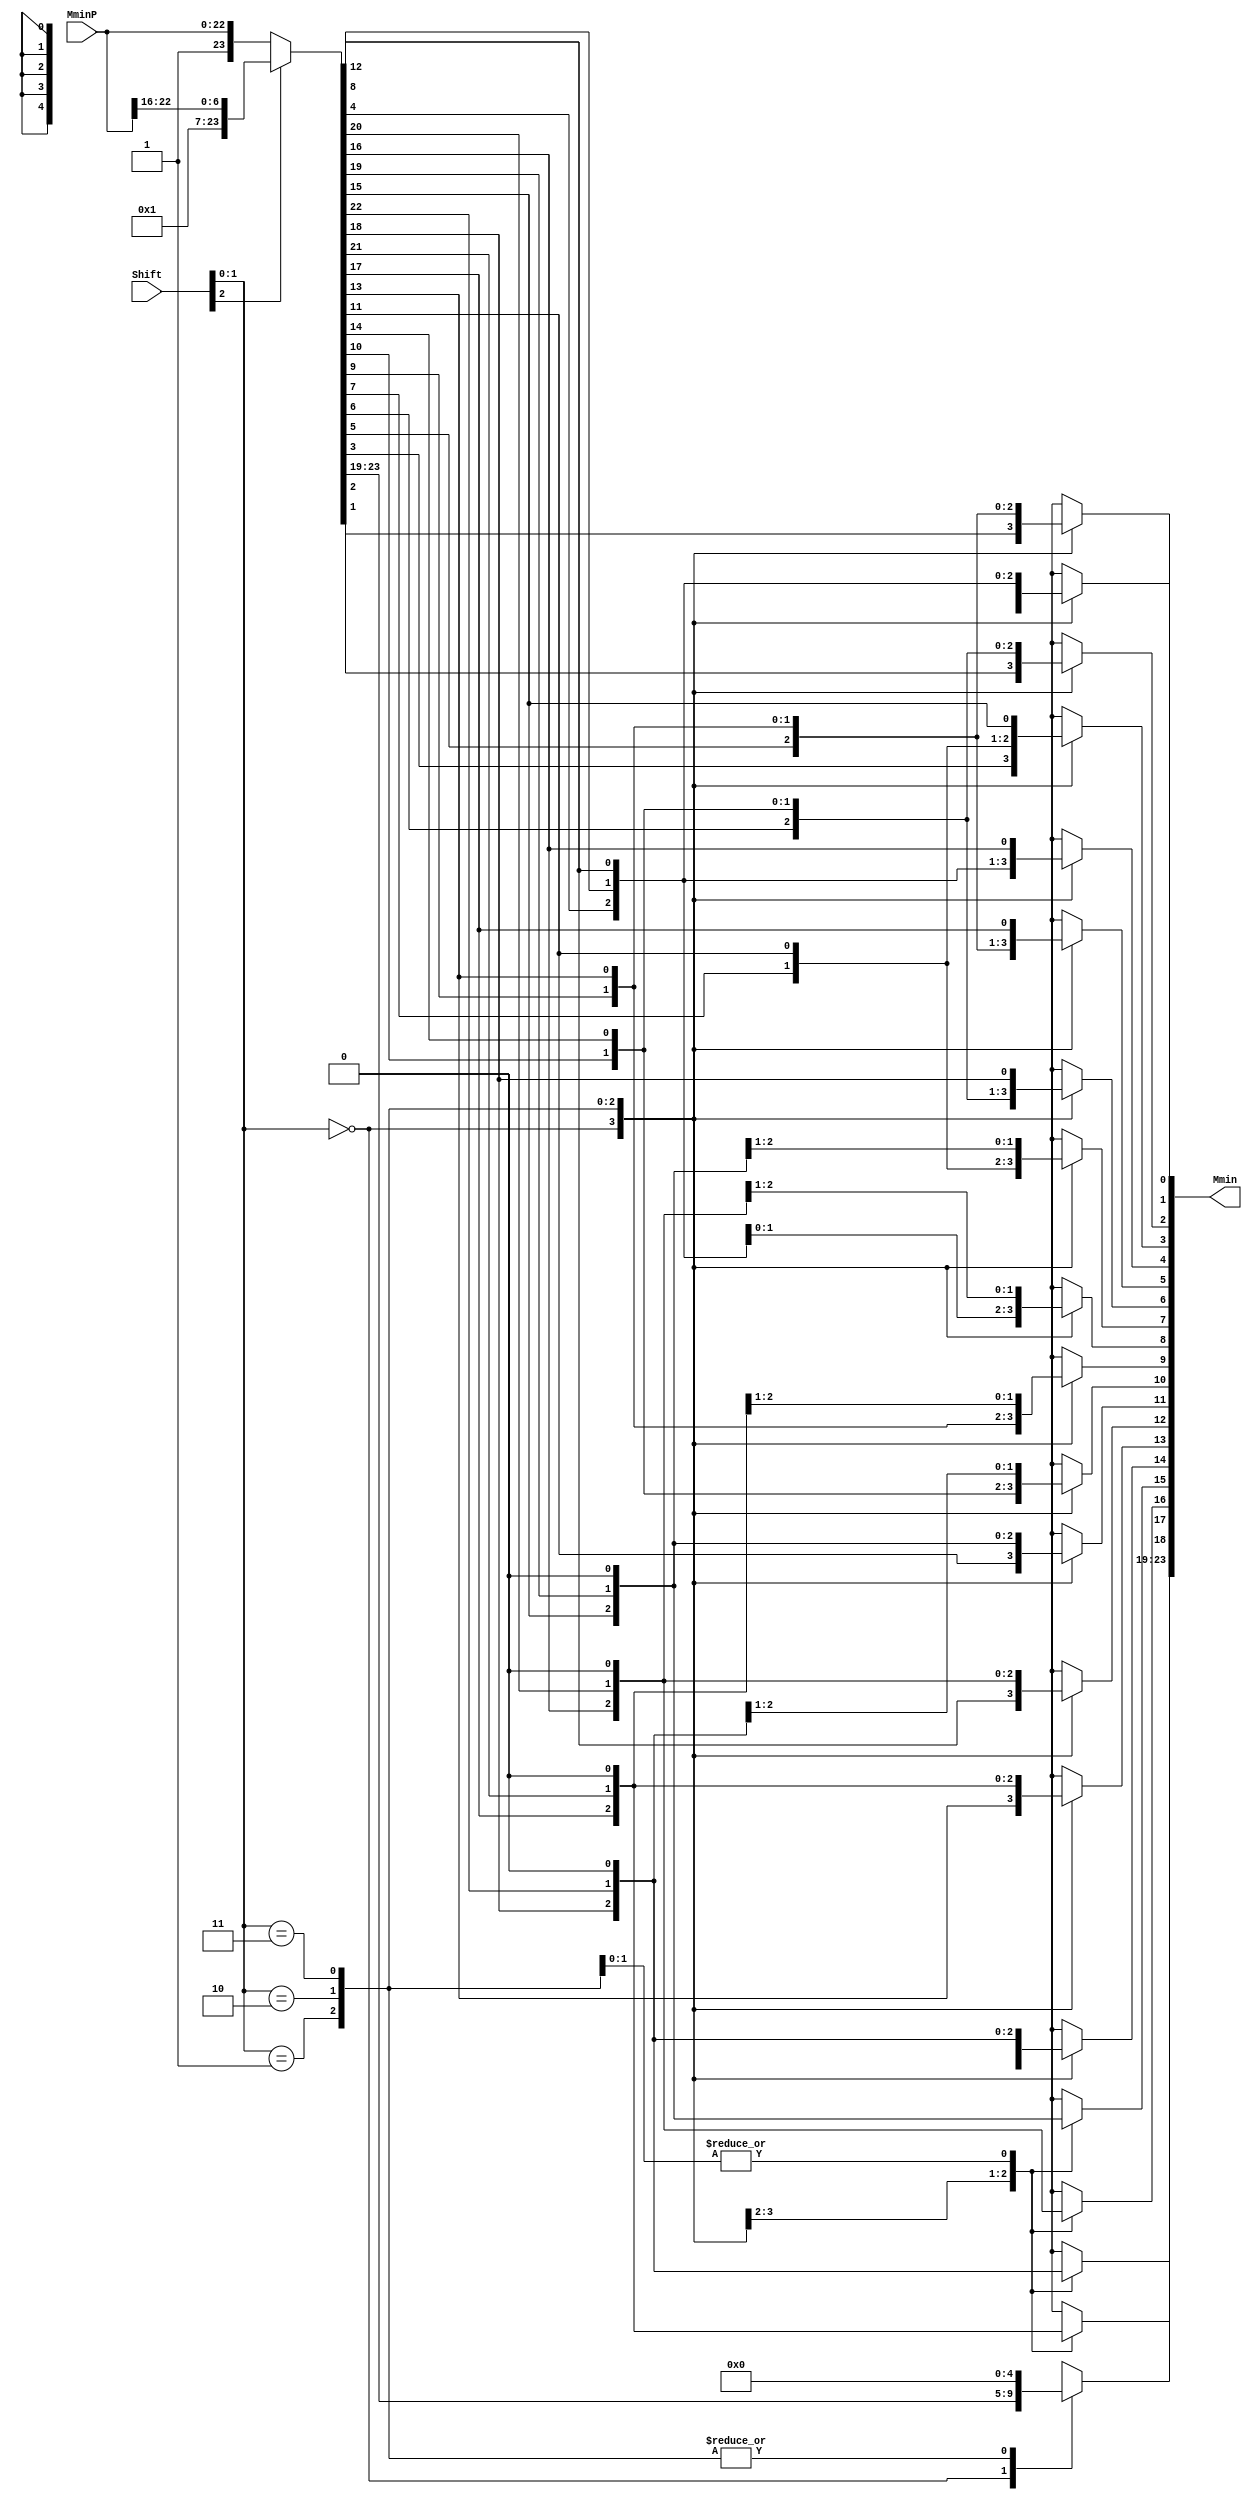
`timescale 1ns / 1ps
//////////////////////////////////////////////////////////////////////////////////
//
// Module Name:    FPAddSub_AlignShift1
// Project Name: 	 Floating Point Project
//
// Description:	 Alignment shift stage 1, performs 16|12|8|4 shift
//
//////////////////////////////////////////////////////////////////////////////////

module FPAddSub_AlignShift1(
		MminP,
		Shift,
		Mmin
	);
	
	// Input ports
	input [22:0] MminP ;						// Smaller mantissa after 16|12|8|4 shift
	input [2:0] Shift ;						// Shift amount
	
	// Output ports
	output [23:0] Mmin ;						// The smaller mantissa
	
	// Internal signals
	reg	  [23:0]		Lvl1 = 0;
	reg	  [23:0]		Lvl2 = 0;
	wire    [47:0]    Stage1;	
	integer           i;                // Loop variable
	
	always @(*) begin						
		// Rotate by 16?
		Lvl1 <= Shift[2] ? {17'b00000000000000001, MminP[22:16]} : {1'b1, MminP}; 
	end
	
	assign Stage1 = {Lvl1, Lvl1};
	
	always @(*) begin    					// Rotate {0 | 4 | 8 | 12} bits
	  case (Shift[1:0])
			// Rotate by 0	
			2'b00:  Lvl2 <= Stage1[23:0];       			
			// Rotate by 4	
			2'b01:  begin for (i=0; i<=23; i=i+1) begin Lvl2[i] <= Stage1[i+4]; end Lvl2[23:19] <= 0; end
			// Rotate by 8
			2'b10:  begin for (i=0; i<=23; i=i+1) begin Lvl2[i] <= Stage1[i+8]; end Lvl2[23:15] <= 0; end
			// Rotate by 12	
			2'b11:  begin for (i=0; i<=23; i=i+1) begin Lvl2[i] <= Stage1[i+12]; end Lvl2[23:11] <= 0; end
	  endcase
	end
	
	// Assign output to next shift stage
	assign Mmin = Lvl2;
	
endmodule